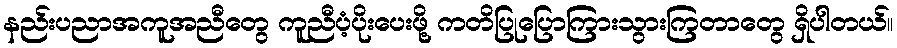
နည်းပညာအကူအညီတွေ ကူညီပံ့ပိုးပေးဖို့ ကတိပြုပြောကြားသွားကြတာတွေ ရှိပါတယ်။